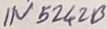
Text: IN5242B